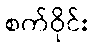
စက်ဝိုင်း